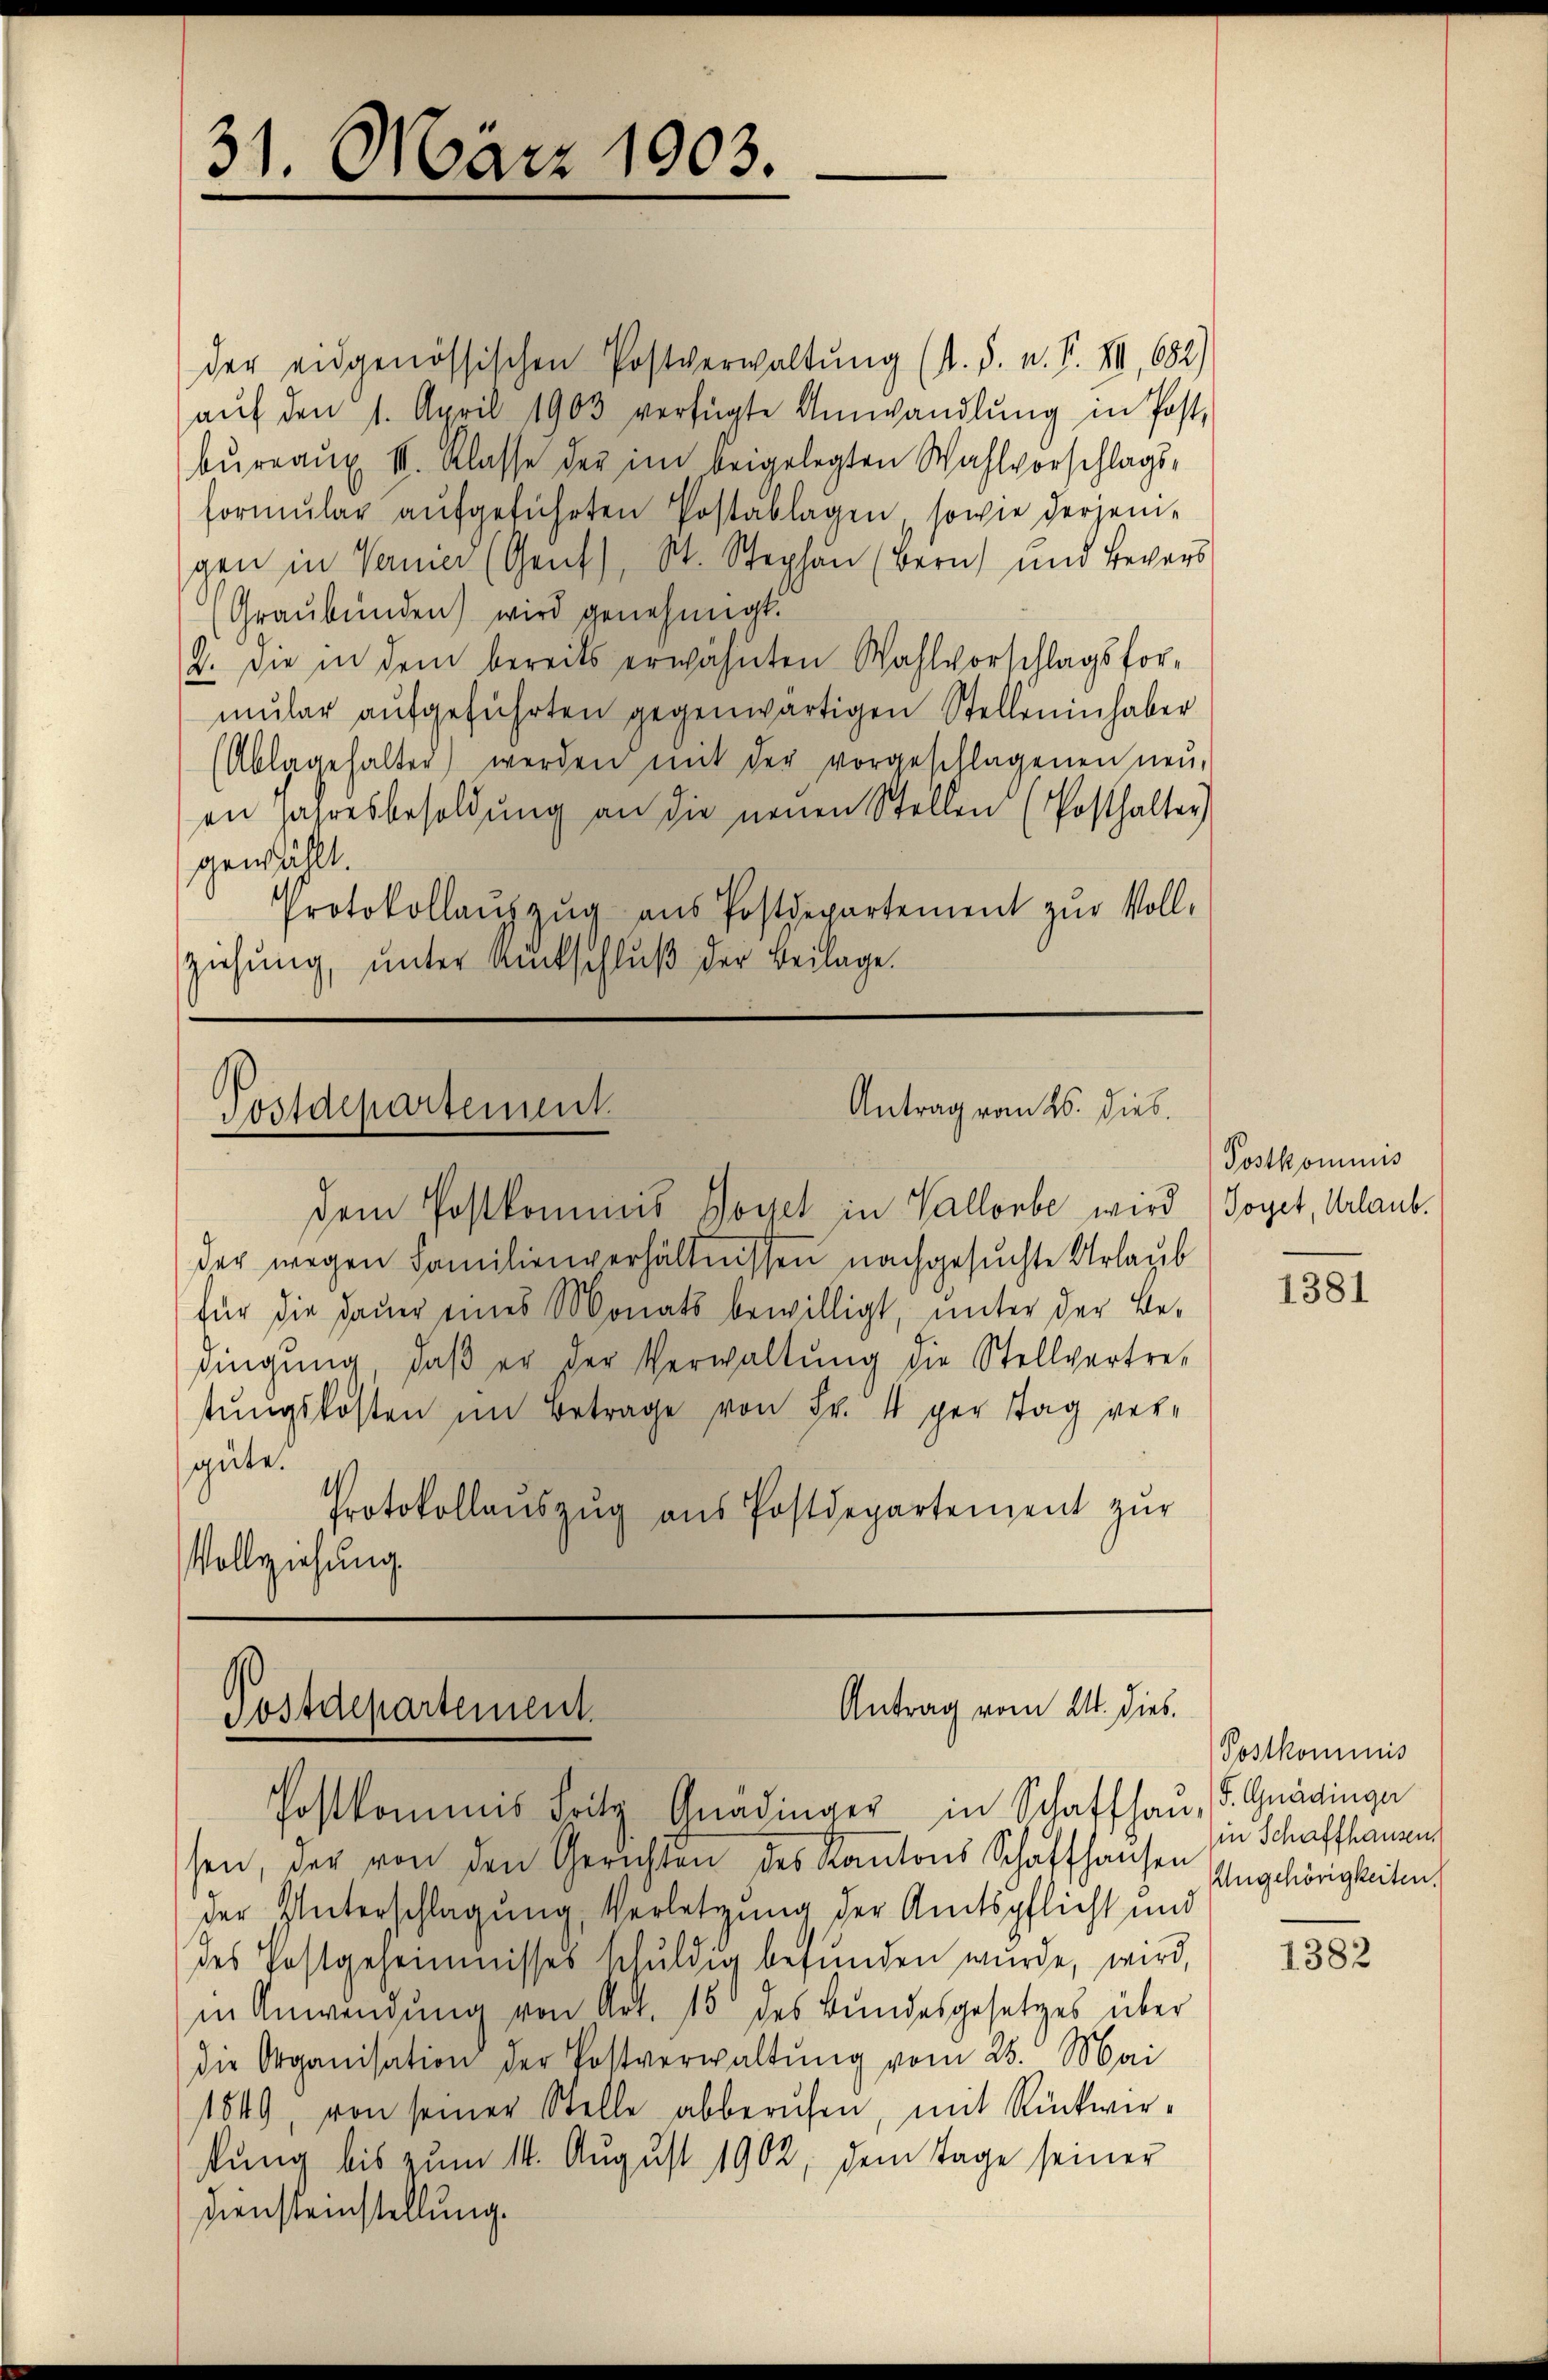
31. März 1903.

der eidgenössischen Postverwaltung (s. S. n. F. XII, 682)
aŭf den 1. April 1903 verfügte Umwandlŭng in Post-
bureaux II. Klasse der im beigelegten Wahlvorschlags-
formŭlar aŭfgeführten Postablagen, sowie derjenigen in Vernier (Gent), St. Stephan (Bern) und Bevors
(Graubünden) wird genehmigt.
2. die in dem bereits erwähnten Wahlvorschlagsfor-
mŭlar aŭfgeführten gegenwärtigen Stelleninhaber
Ablagehalter) werden mit der vorgeschlagenen neŭ-
en Jahresbesoldung an die neuen Stellen (Posthalter
gewählt.
Protokollaŭszŭg ans Postdepartement zŭr Voll-
ziehung, unter Amtschluß der Beilage.

Antrag vom 26. Dieb.
Postdepartement.

Postkommis

dem Postkommis Hoyet in Vallorbe wird (Toget, Urlaub
der wegen Familienverhältnissen nachgesuchte Urlaub
für die Dauer eines Monats bewilligt, unter der Be-
dingŭng, daβ er der Verwaltŭng die Stellvertre-
tŭngskosten im Betrage von Fr. 1 per Tag ver-
gute.
Protokollaŭszŭg aŭs Postdepartement zŭr
Vollziehung.

1381

Sossaepartement

Antrag vom 21. dies

Postkommnis
Ungehörigkeiten.

Postkommis Fritz Anadinger in Schaffhau, S. Gnädinge
sen, der von den Gerichten des Kantons Schaffhausen in Schaffhausen
der Unterschlagung, Verletzung der Amtspflicht und
des Postgeheimnisses schuldig befunden wurde, wird,
in Anwendung von Art. 15 des Bundesgesetzes über
die Organisation der Postverwaltung vom 28. Mai
1849, von seiner Stelle abberufen, mit Rückwirfung bis zum 14. August 1902, dem Tage seiner
Diensteinstellung.

1382